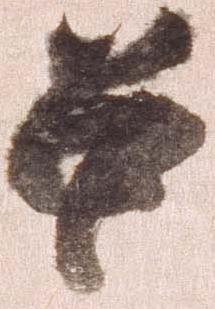
召